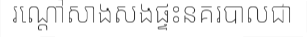
រណ្តៅសាងសងផ្ទះនគរបាលជា